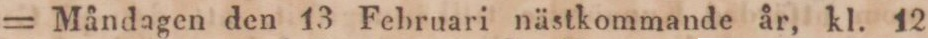
= Måndagen den 13 Februari nästkommande år, kl. 12